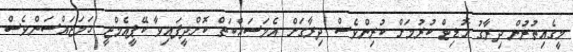
މީގެއިތުރުން ދިރާގު އޮޑިޓް ކުރުމަށް ކުރިންވެސް ދިރާގަށް އެމަސައްކަތް ކޮށްދީފައިވާ ކޭޕީއެމްޖީ ހަމަޖައްސަންވެސް